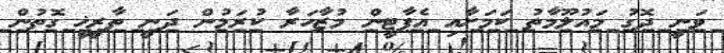
ވަނީ ދޮގު މައުލޫމާތު ކަމަށާއި އެޕާޓީން މުޒާހަރާ ކުރަމުން ދަނީ ތާރީޚީ ގޮތުން